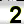
Digit: 2